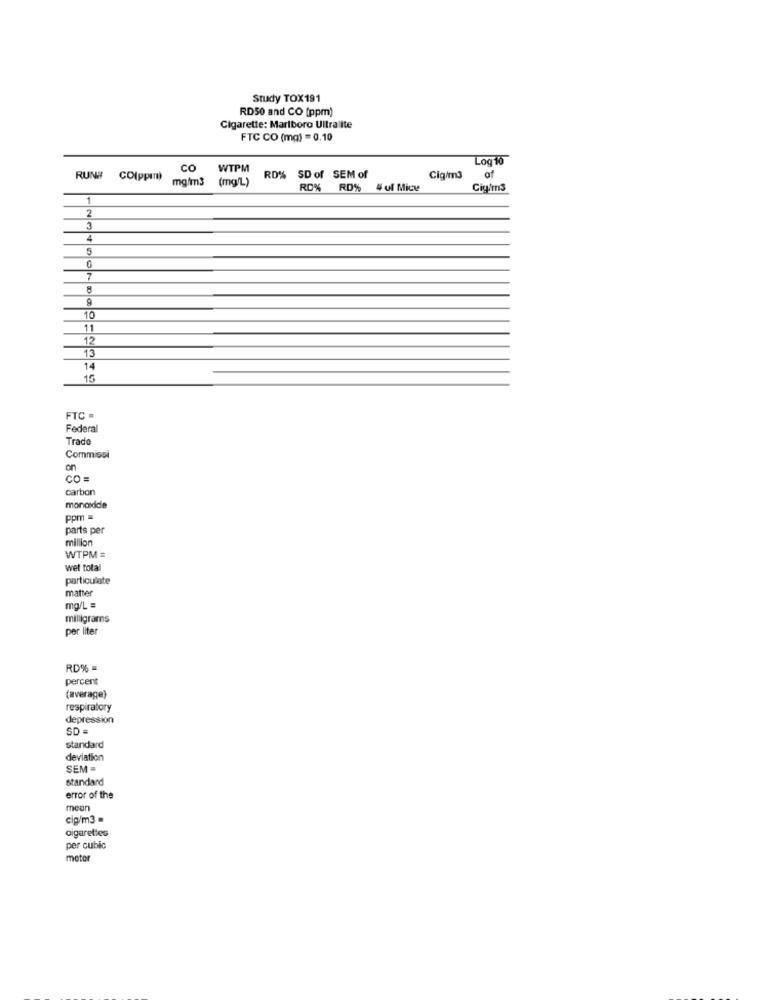
Study TOX191
RD50 and CO (ppm)
Cigarette: Marlboro Ultralite
FTC CO (mg) = 0.10
Log 10
CO
WTPM
RUN# CO(ppm)
mg/m3
(mg/L)
RD% SD of SEM of
Cig/m3
of
RD%
RD%
4 of Mice
Cig/m3
1
3
4
5
7
8
9
10
11
12
13
14
15
FTC =
Federal
Trade
Commissi
CO =
carbon
monandde
ppm =
parts per
million
WTPM =
wel total
particulate
matter
mg/L =
milligrams
per liter
RD%
percent
(average}
respiratory
depression
SD
standard
deviation
SEM =
standard
error of the
mean
cig/m3 -
cigarettes
per cubic
moter